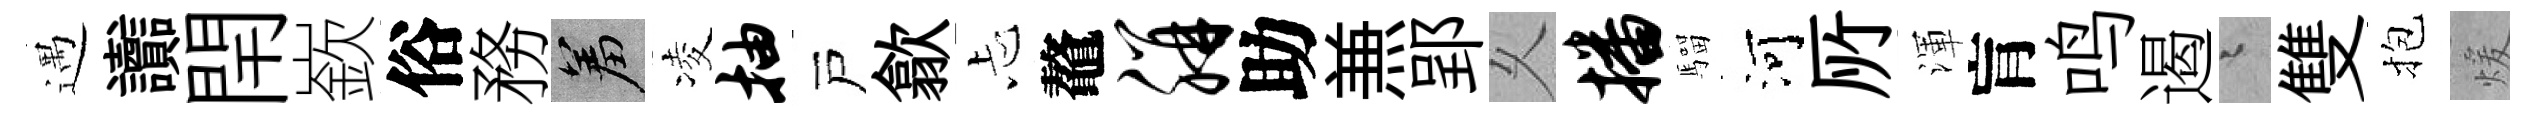
遇讟閈嶔俗務羞凌抽戸歙忐鼇胼助𠔥郢乆播騮河𠩄渾肓鸣遏迢雙抱煖